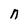
Character: n